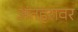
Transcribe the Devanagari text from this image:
अंतहरावर